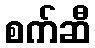
စက်ဆီ